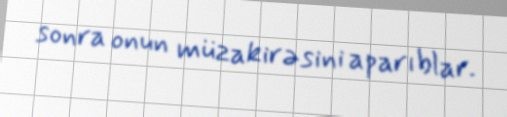
sonra onun müzakirəsini aparıblar.